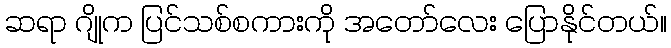
ဆရာ ဂျိုက ပြင်သစ်စကားကို အတော်လေး ပြောနိုင်တယ်။